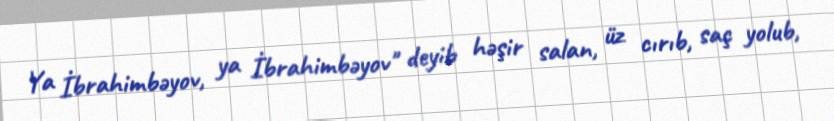
Ya İbrahimbəyov, ya İbrahimbəyov" deyib həşir salan, üz cırıb, saç yolub,